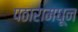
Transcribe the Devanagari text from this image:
पठारामधून